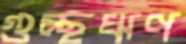
গুচ্ছঋণ